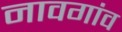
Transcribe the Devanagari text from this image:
नावगांव